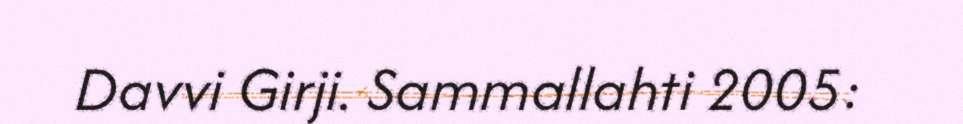
Davvi Girji. Sammallahti 2005: